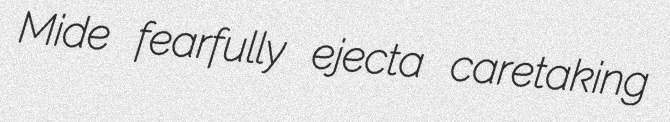
Mide fearfully ejecta caretaking